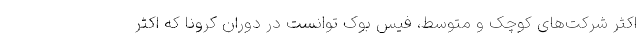
اکثر شرکت‌های کوچک و متوسط، فیس بوک توانست در دوران کرونا که اکثر